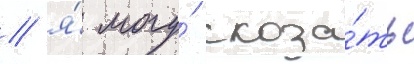
/ я́ могу́ сказа́ть